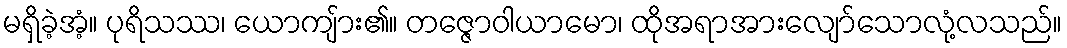
မရှိခဲ့အံ့။ ပုရိသဿ၊ ယောကျ်ား၏။ တဇ္ဇောဝါယာမော၊ ထိုအရာအားလျော်သောလုံ့လသည်။